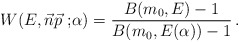
\begin{align*} W(E, \vec{n}\vec{p}{\ ;}\alpha) = \frac{B(m_0 , E)- 1}{B(m_0 , E(\alpha))-1}\, .\end{align*}